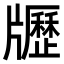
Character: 𤘃